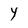
Character: Y